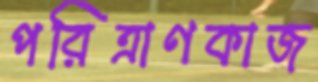
পরিত্রাণকাজ